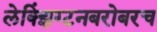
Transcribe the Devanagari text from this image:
लेक्झिंग्टनबरोबरच